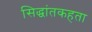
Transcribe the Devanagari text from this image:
सिद्धांतकहता